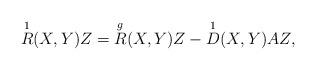
LaTeX: \begin{align*}\overset{1}{R} (X,Y)Z = \overset{g}{R} (X,Y)Z - \overset{1}{D}(X,Y) A Z, \end{align*}